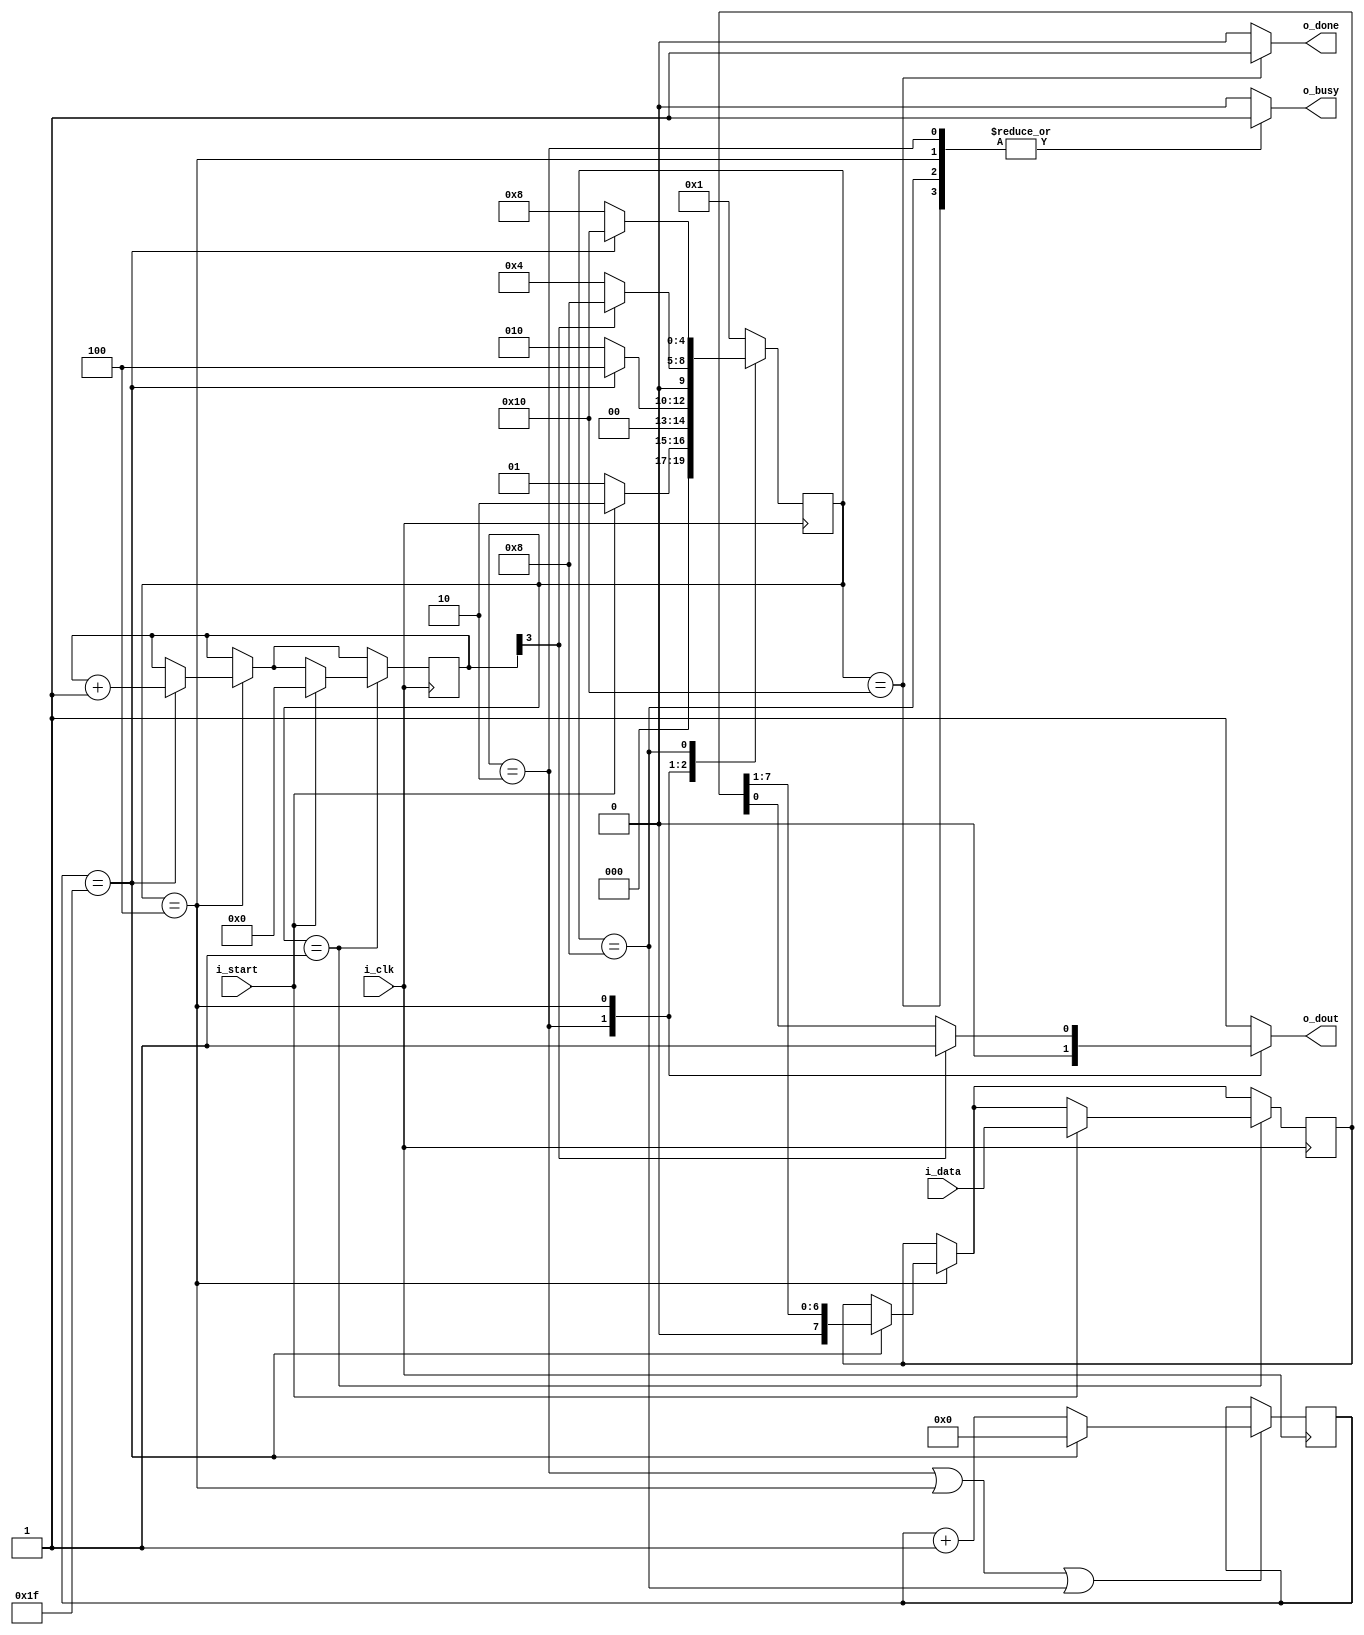
module uart_tx 
	#(
		parameter TICKS_PER_BIT = 32,
		parameter TICKS_PER_BIT_SIZE = 6
	)

	(
		input i_clk,
		input i_start,
		input [7:0] i_data,
		output wire o_done,
		output wire o_busy,
		output wire o_dout
	);

	localparam	STATE_IDLE 			= 5'b00001,
				STATE_SEND_START 	= 5'b00010,
				STATE_SEND_BITS		= 5'b00100,
				STATE_SEND_STOP		= 5'b01000,
				STATE_DONE			= 5'b10000;
	
	reg [4:0] currentState, nextState;
	reg done_flag;
	reg busy_flag;
	reg tx_output;
	
	assign o_dout = tx_output;
	assign o_done = done_flag;
	assign o_busy = busy_flag;
	
	reg [7:0] tx_reg;
	reg [3:0] tx_bit_counter;
	reg [TICKS_PER_BIT_SIZE-1:0] ticks_counter;

	wire ticks_counter_ovf 		= (ticks_counter == TICKS_PER_BIT-1);
	wire tx_bit_counter_ovf 	= (tx_bit_counter[3]); 

	initial begin
		currentState = STATE_IDLE;
		tx_reg = 0;
		tx_bit_counter = 0;
		ticks_counter = 0;
	end
	
	always @(*) begin
		case(currentState)

			default: begin 
				nextState = STATE_IDLE;
				done_flag = 0;
				busy_flag = 0;
				tx_output = 1; 
			end

			STATE_IDLE: begin 
				done_flag = 0;
				busy_flag = 0;
				tx_output = 1; 
				
				if(i_start)
					nextState = STATE_SEND_START;
				else
					nextState = STATE_IDLE;
			end 
			
			STATE_SEND_START: begin 
				done_flag = 0;
				busy_flag = 1;
				tx_output = 0; 
				
				if(ticks_counter_ovf)
					nextState = STATE_SEND_BITS;
				else
					nextState = STATE_SEND_START;
					
			end 
			
			STATE_SEND_BITS: begin 
				done_flag = 0;
				busy_flag = 1;
				tx_output = tx_bit_counter_ovf ? 1'b1 : tx_reg[0];
				
				if(tx_bit_counter_ovf)
					nextState = STATE_SEND_STOP;
				else
					nextState = STATE_SEND_BITS;
					
			end 
			
			STATE_SEND_STOP: begin 
				done_flag = 0;
				busy_flag = 1;
				tx_output = 1; 
				
				if(ticks_counter_ovf)
					nextState = STATE_DONE;
				else
					nextState = STATE_SEND_STOP;
			end 
			
			STATE_DONE: begin 
				done_flag = 1;
				busy_flag = 1;
				tx_output = 1; 
				nextState = STATE_IDLE;
			end 
			
		endcase
	end
	
	always @(posedge i_clk) begin 
		currentState <= nextState;

		if (currentState == STATE_SEND_START || 
			currentState == STATE_SEND_BITS || 
			currentState == STATE_SEND_STOP) begin
			
			if(ticks_counter_ovf) begin
				ticks_counter <= 0;
			end	
			else 
				ticks_counter <= ticks_counter + 1;
		end
		
		if (currentState == STATE_SEND_BITS) begin 
			if(ticks_counter_ovf) begin
				tx_bit_counter <= tx_bit_counter + 1;
				tx_reg <= tx_reg >> 1; 
			end
		end

		if(currentState == STATE_IDLE) begin 
			if(i_start) begin 
				tx_reg <= i_data;
				tx_bit_counter <= 0;
			end
		end
	end

endmodule